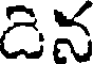
డెన